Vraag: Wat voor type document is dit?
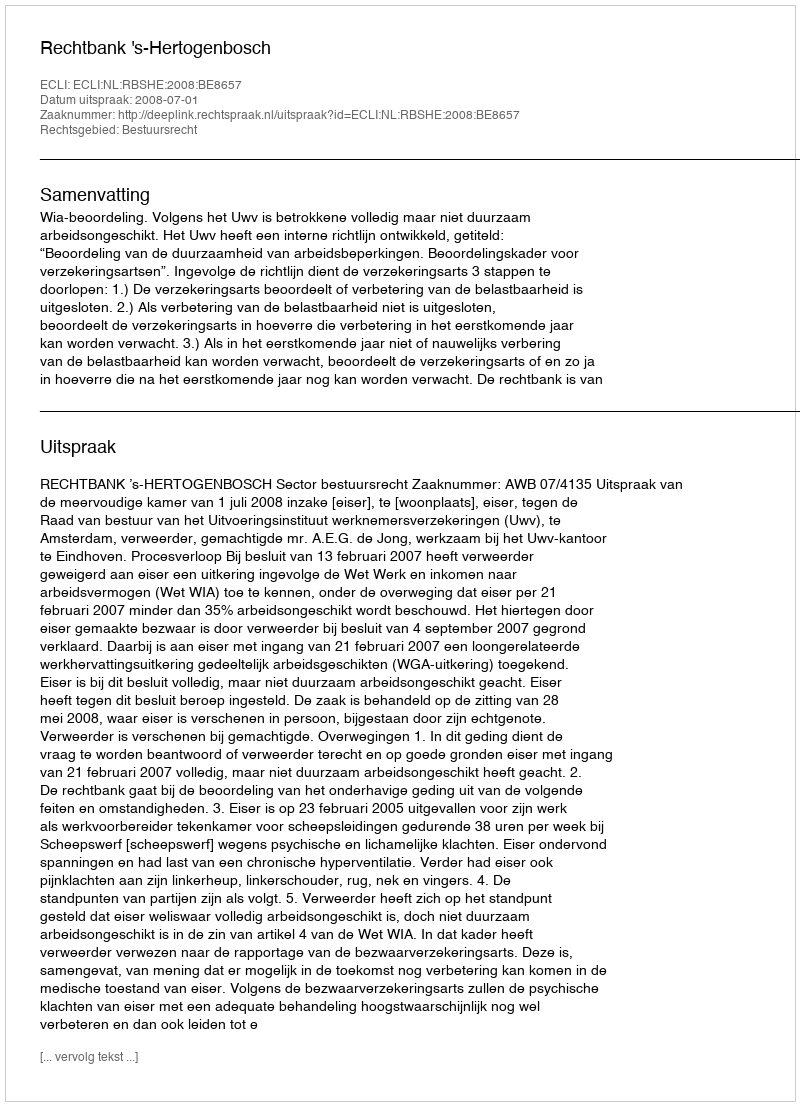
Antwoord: Uitspraak